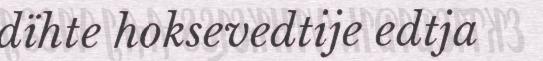
dïhte hoksevedtije edtja